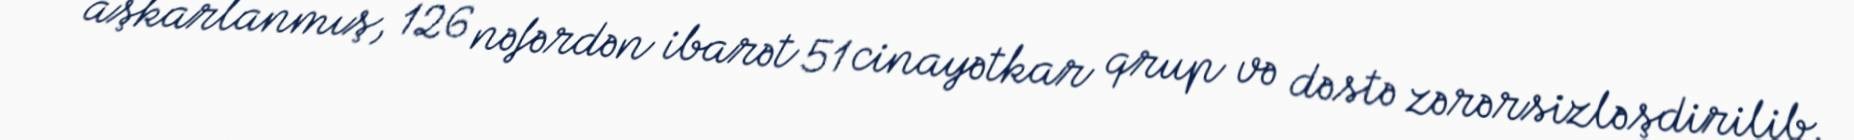
aşkarlanmış, 126 nəfərdən ibarət 51 cinayətkar qrup və dəstə zərərsizləşdirilib.